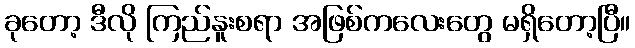
ခုတော့ ဒီလို ကြည်နူးစရာ အဖြစ်ကလေးတွေ မရှိတော့ပြီ။